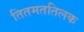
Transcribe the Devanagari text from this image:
तितमततिलक